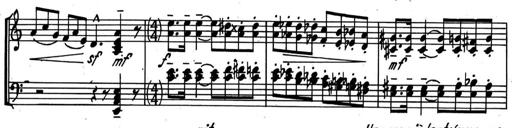
Title: Kleine Sonate
Composer: Raoul Koczalski
Key: C major